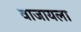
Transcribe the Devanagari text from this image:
वाजायला